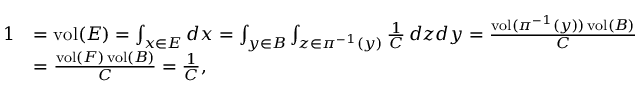
\begin{array} { r l } { 1 } & { = \operatorname { v o l } ( E ) = \int _ { x \in E } d x = \int _ { y \in B } \int _ { z \in \pi ^ { - 1 } ( y ) } \frac { 1 } { C } \, d z d y = \frac { \operatorname { v o l } ( \pi ^ { - 1 } ( y ) ) \operatorname { v o l } ( B ) } { C } } \\ & { = \frac { \operatorname { v o l } ( F ) \operatorname { v o l } ( B ) } { C } = \frac { 1 } { C } , } \end{array}